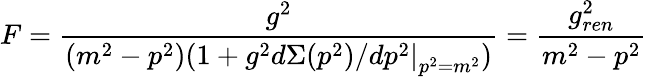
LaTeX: F=\frac{g^{2}}{(m^{2}-p^{2})(1+g^{2}\left.d\Sigma(p^{2})/dp^{2}\right|_{p^{2}=m^{2}})}=\frac{g_{ren}^{2}}{m^{2}-p^{2}}